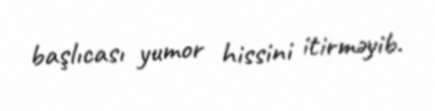
başlıcası yumor hissini itirməyib.